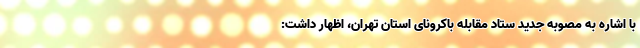
با اشاره به مصوبه جدید ستاد مقابله باکرونای استان تهران، اظهار داشت: